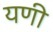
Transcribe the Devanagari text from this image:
यणी